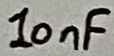
Text: 10nF